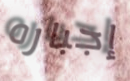
إجباره